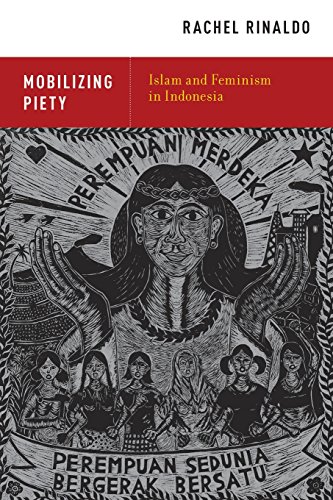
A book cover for Mobilizing Piety: Islam and Feminism in Indonesia; Rachel Rinaldo; Gay & Lesbian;